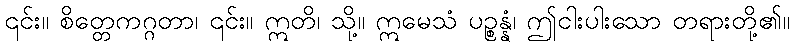
၎င်း။ စိတ္တေကဂ္ဂတာ၊ ၎င်း။ ဣတိ၊ သို့။ ဣမေသံ ပဉ္စန္နံ၊ ဤငါးပါးသော တရားတို့၏။